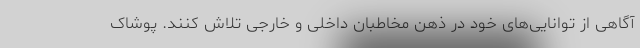
آگاهی از توانایی‌های خود در ذهن مخاطبان داخلی و خارجی تلاش کنند. پوشاک